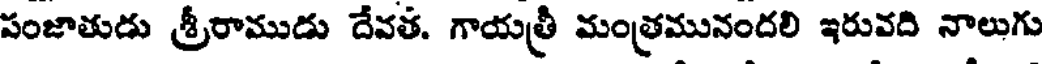
పంజాతుడు శ్రీరాముడు దేవత. గాయత్రీ మంత్రమునందలి ఇరువది నాలుగు